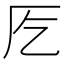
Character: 𭆀